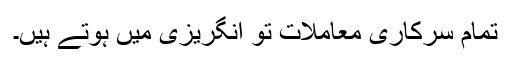
تمام سرکاری معاملات تو انگریزی میں ہوتے ہیں۔